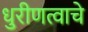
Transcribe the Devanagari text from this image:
धुरीणत्वाचे